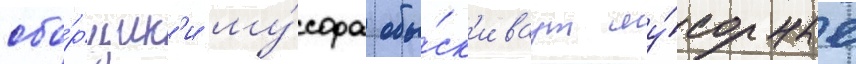
сбо́рщик'и му́сора обы́ск'иваут му́сорные